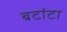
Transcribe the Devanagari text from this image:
बटांटा